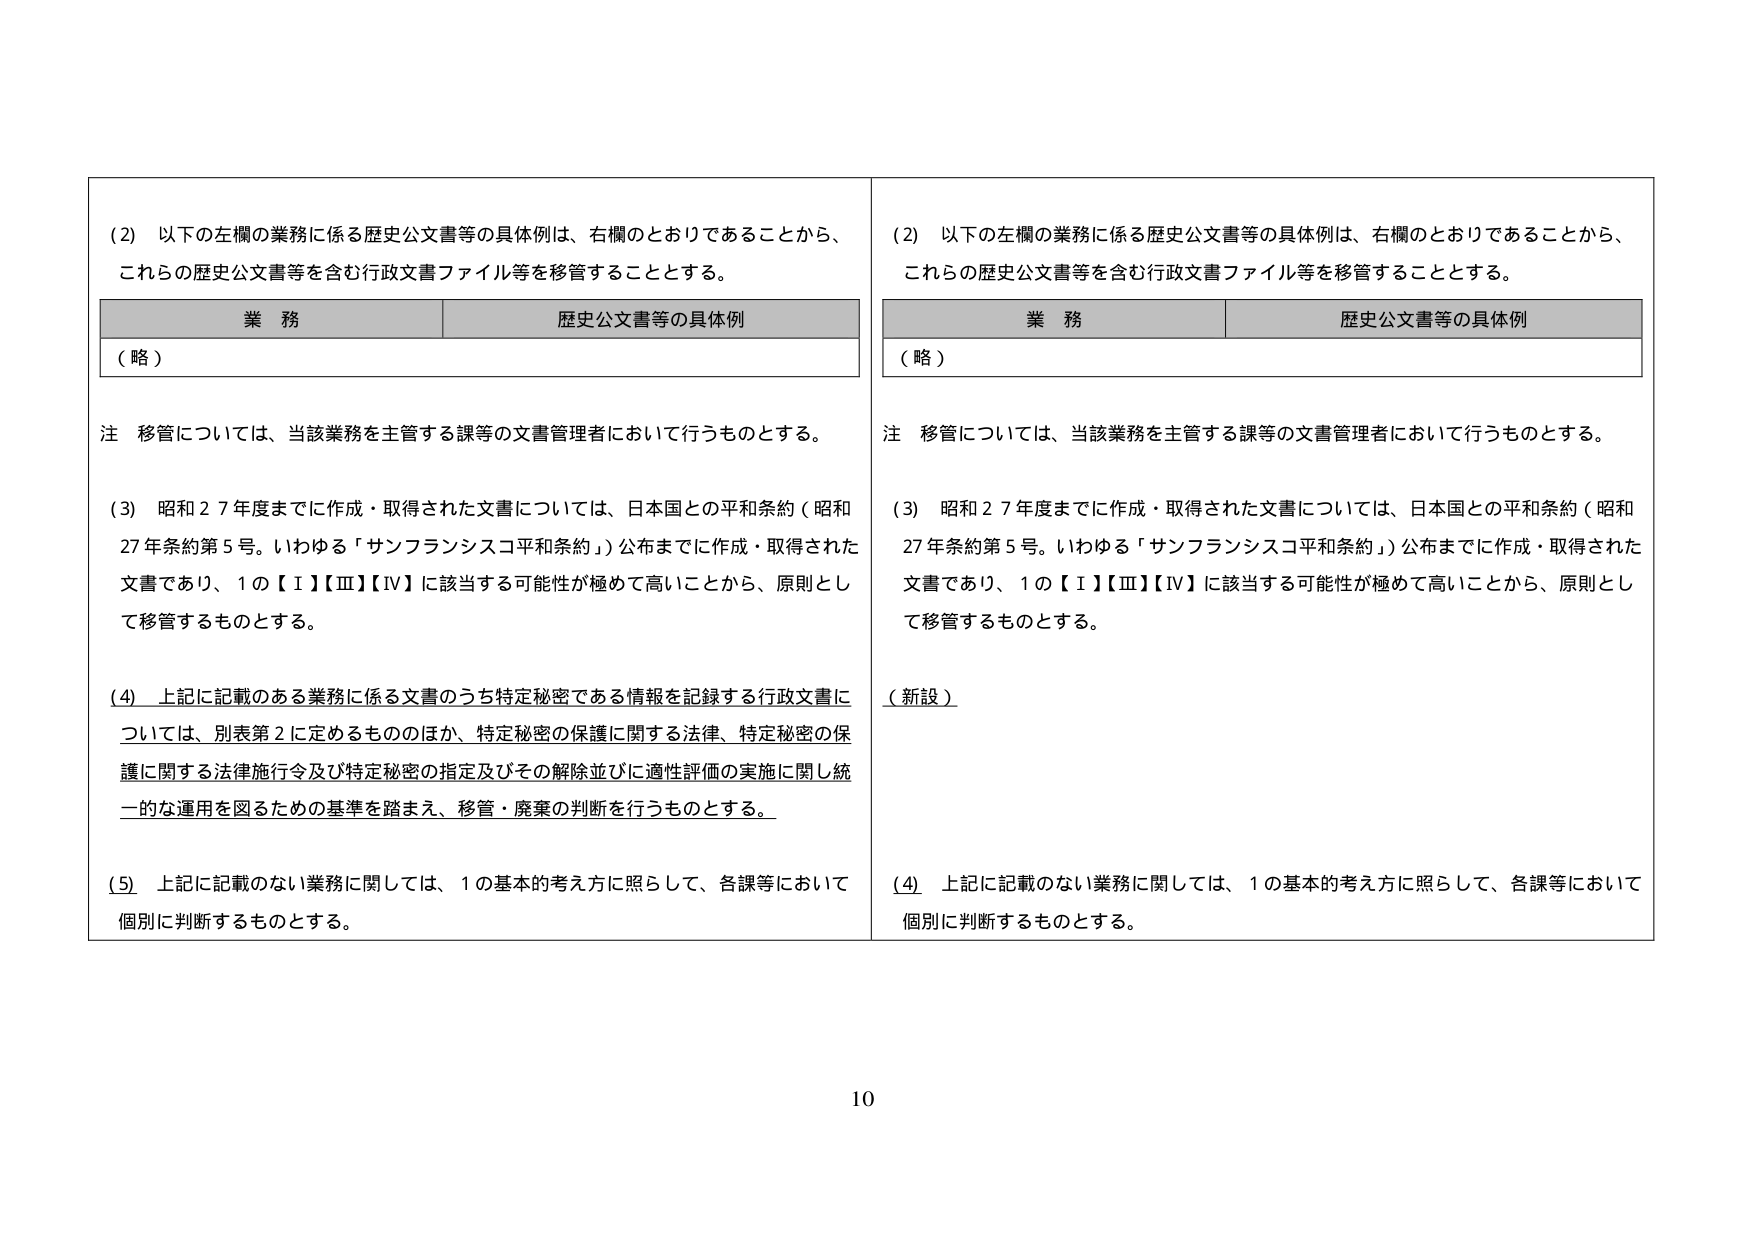
(2) 以下の左欄の業務に係る歴史公文書等の具体例は、右欄のとおりであることから、これらの歴史公文書等を含む行政文書ファイル等を移管することとする。

業務　　　　　　　　　　　　　　　歴史公文書等の具体例
（略）

注　移管については、当該業務を主管する課等の文書管理者において行うものとする。

(3) 昭和27年度までに作成・取得された文書については、日本国との平和条約（昭和27年条約第5号。いわゆる「サンフランシスコ平和条約」）公布までに作成・取得された文書であり、1の【Ⅰ】【Ⅲ】【Ⅳ】に該当する可能性が極めて高いことから、原則として移管するものとする。

(4) 上記に記載のある業務に係る文書のうち特定秘密である情報を記録する行政文書については、別表第2に定めるもののほか、特定秘密の保護に関する法律、特定秘密の保護に関する法律施行令及び特定秘密の指定及びその解除並びに適性評価の実施に関し統一的な運用を図るための基準を踏まえ、移管・廃棄の判断を行うものとする。

(5) 上記に記載のない業務に関しては、1の基本的考え方を照らして、各課等において個別に判断するものとする。

(2) 以下の左欄の業務に係る歴史公文書等の具体例は、右欄のとおりであることから、これらの歴史公文書等を含む行政文書ファイル等を移管することとする。

業務　　　　　　　　　　　　　　　歴史公文書等の具体例
（略）

注　移管については、当該業務を主管する課等の文書管理者において行うものとする。

(3) 昭和27年度までに作成・取得された文書については、日本国との平和条約（昭和27年条約第5号。いわゆる「サンフランシスコ平和条約」）公布までに作成・取得された文書であり、1の【Ⅰ】【Ⅲ】【Ⅳ】に該当する可能性が極めて高いことから、原則として移管するものとする。

（新設）

(4) 上記に記載のない業務に関しては、1の基本的考え方を照らして、各課等において個別に判断するものとする。

10